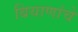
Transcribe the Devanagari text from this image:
बियाणांचे